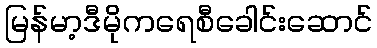
မြန်မာ့ဒီမိုကရေစီခေါင်းဆောင်